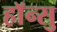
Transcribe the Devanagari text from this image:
हाॅन्सु